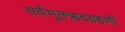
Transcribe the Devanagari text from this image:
सर्वभूतऋदग्रहणी